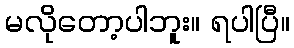
မလိုတော့ပါဘူး။ ရပါပြီ။